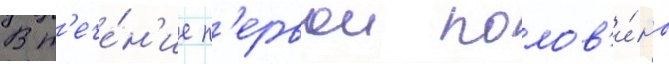
В т'ече́н'ие п'ервои полов'и́ны